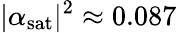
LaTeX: |\alpha_{\mathrm{sat}}|^{2}\approx 0.087